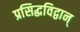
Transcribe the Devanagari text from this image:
प्रसिद्धविद्वान्